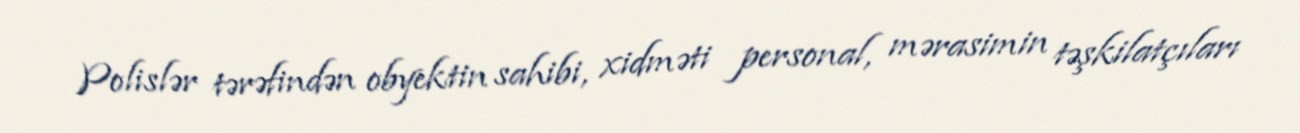
Polislər tərəfindən obyektin sahibi, xidməti personal, mərasimin təşkilatçıları